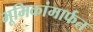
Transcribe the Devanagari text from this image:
भूमिकांमार्फत